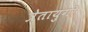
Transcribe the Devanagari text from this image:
त्रेतायुगी